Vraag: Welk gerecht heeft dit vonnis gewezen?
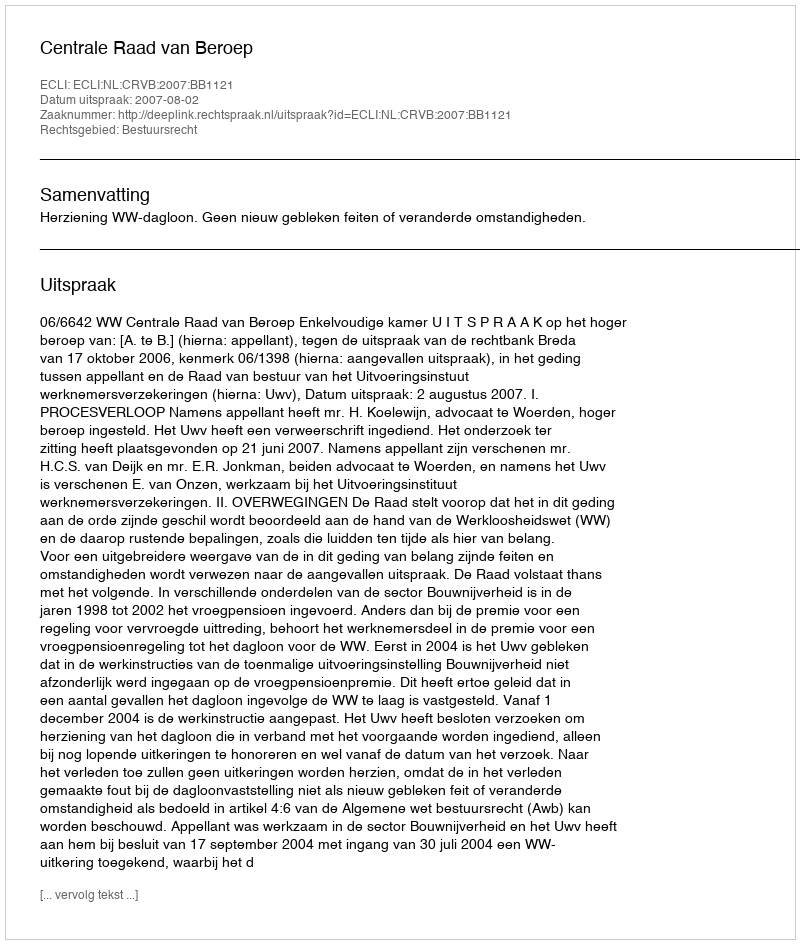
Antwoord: Centrale Raad van Beroep